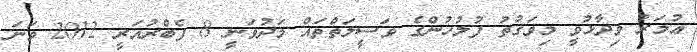
ޢުމަރު ވިދާޅުވީ މިވަގުތު ފުލުހުންގެ ވަސީލަތްތައް މަދުވަނީ 8 ފެބްރުއަރީ 2012 ވަނަ